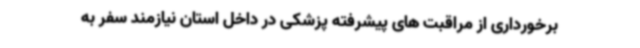
برخورداری از مراقبت های پیشرفته پزشکی در داخل استان نیازمند سفر به